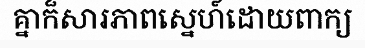
គ្នាក៏សារភាពស្នេហ៍ដោយពាក្យ